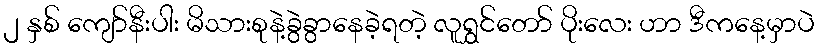
၂ နှစ် ကျော်နီးပါး မိသားစုနဲ့ခွဲခွာနေခဲ့ရတဲ့ လူရွှင်တော် ပိုးလေး ဟာ ဒီကနေ့မှာပဲ